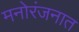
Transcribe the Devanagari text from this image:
मनोरंजनात